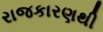
રાજકારણથી